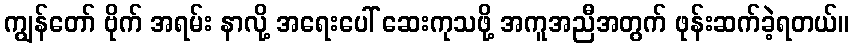
ကျွန်တော် ဗိုက် အရမ်း နာလို့ အရေးပေါ် ဆေးကုသဖို့ အကူအညီအတွက် ဖုန်းဆက်ခဲ့ရတယ်။